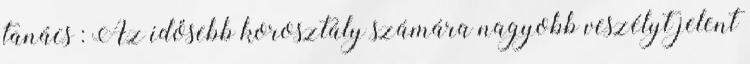
tanács : Az idősebb korosztály számára nagyobb veszélyt jelent